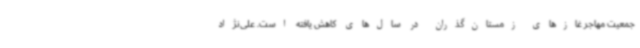
جمعیت مهاجر غازهای زمستان‌گذران در سال‌های کاهش یافته است. علی‌نژاد